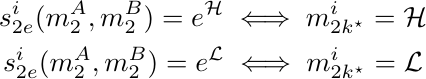
\begin{gather*}
s^i_{2e}(m^A_2,m^B_2) = e^{\mathcal{H}} \iff m^i_{2k^\star} = \mathcal{H} \\
s^i_{2e}(m^A_2,m^B_2) = e^{\mathcal{L}} \iff m^i_{2k^\star} = \mathcal{L}
\end{gather*}